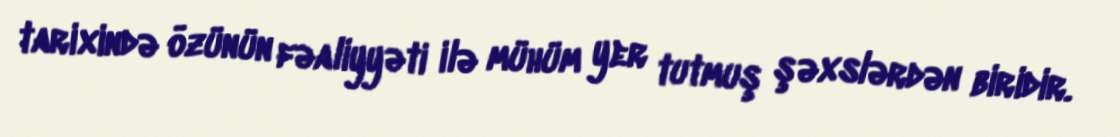
tarixində özünün fəaliyyəti ilə mühüm yer tutmuş şəxslərdən biridir.